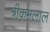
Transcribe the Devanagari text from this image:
त्रीकमलाल